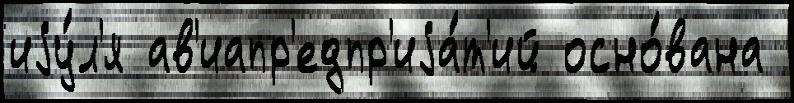
иjу́л'я ав'иапр'едпр'иjа́т'ий осно́вана